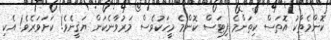
ކޮންމެތާކު އޮތަސް ކިތަންމެ ފިޓަސް ކޮންމެ މީހަކުވެސް މަރުވާނެކަން ޔަޤީނެވެ! ކަށަވަރެވެ! އެކި